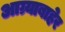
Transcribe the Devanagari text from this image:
आग्र्याबाहेर